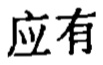
应有